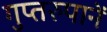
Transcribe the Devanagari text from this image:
गुप्तरुपानें